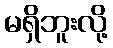
မရှိဘူးလို့